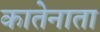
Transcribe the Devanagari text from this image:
कातेनाता